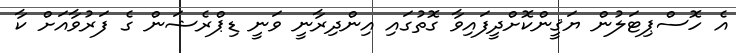
އެ ހޮސްޕިޓަލުން ޔަޤީންކޮށްދީފައިވާ ގޮތުގައި އިންދިރާނީ ވަނީ ޑިޕްރެޝަން ގެ ފަރުވާއަށް ކާ